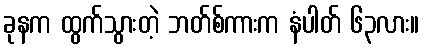
ခုနက ထွက်သွားတဲ့ ဘတ်စ်ကားက နံပါတ် ၆၃လား။